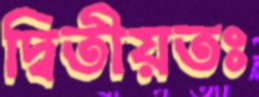
দ্বিতীয়তঃ